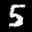
Label: 5